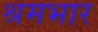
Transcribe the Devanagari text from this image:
श्रमभार